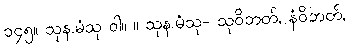
၁၄၅။ သုန.မံသု ဝါ။ ။ သုန.မံသု- သုဝိဘတ်, နံဝိဘတ်,